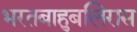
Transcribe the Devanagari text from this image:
भरतबाहुबलिरास